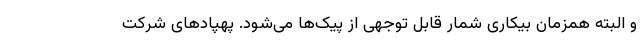
و البته همزمان بیکاری شمار قابل توجهی از پیک‌ها می‌شود. پهپادهای شرکت